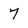
Character: 7